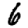
Digit: 6